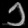
Digit: ၁